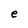
Character: e